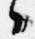
々